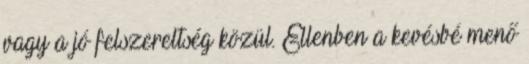
vagy a jó felszereltség közül. Ellenben a kevésbé menő